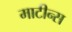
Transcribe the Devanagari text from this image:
माटीन्स